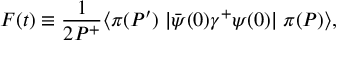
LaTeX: F ( t ) \equiv \frac { 1 } { 2 P ^ { + } } \langle \pi ( P ^ { \prime } ) \; | \bar { \psi } ( 0 ) \gamma ^ { + } \psi ( 0 ) | \; \pi ( P ) \rangle ,